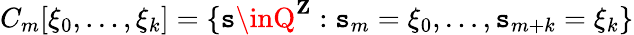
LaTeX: C_{m}[\xi_{0},\ldots,\xi_{k}]=\{ \mathtt{s}\inQ^{\mathbf{{Z}}}:\mathtt{s}_{m}=\xi_{0},\ldots,\mathtt{s}_{m+k}=\xi_{k}\}